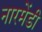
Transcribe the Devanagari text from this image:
नारमेंडी